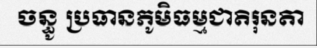
ចន្ធូ ប្រធានភូមិធម្មជាតិរុនតា